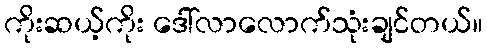
ကိုးဆယ့်ကိုး ဒေါ်လာလောက်သုံးချင်တယ်။